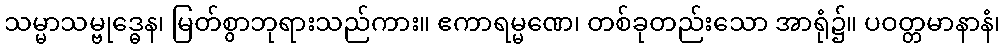
သမ္မာသမ္ဗုဒ္ဓေန၊ မြတ်စွာဘုရားသည်ကား။ ဧကာရမ္မဏေ၊ တစ်ခုတည်းသော အာရုံ၌။ ပဝတ္တမာနာနံ၊